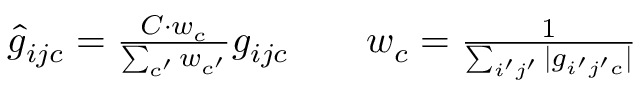
\begin{array} { r l r } { \hat { g } _ { i j c } = \frac { C \cdot w _ { c } } { \sum _ { c ^ { \prime } } w _ { c ^ { \prime } } } g _ { i j c } } & { { } } & { w _ { c } = \frac { 1 } { \sum _ { i ^ { \prime } j ^ { \prime } } | g _ { i ^ { \prime } j ^ { \prime } c } | } } \end{array}